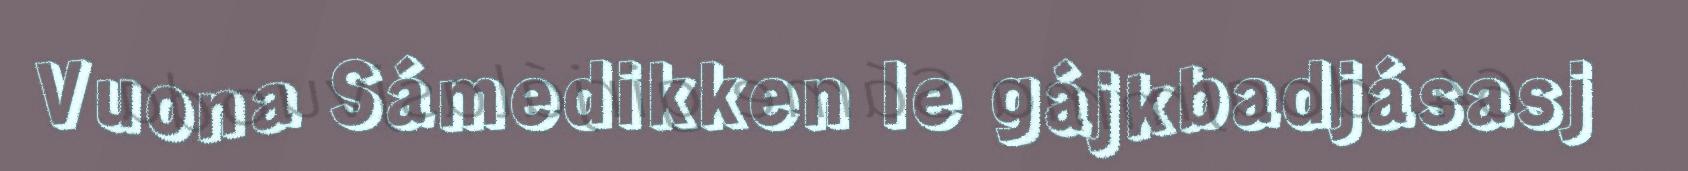
Vuona Sámedikken le gájkbadjásasj